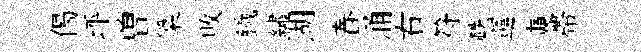
偈坪曽㮣敗鐵繡湖舂涌右符軼運奭帶